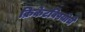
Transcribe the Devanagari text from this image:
क्रिकेटविषयीचे